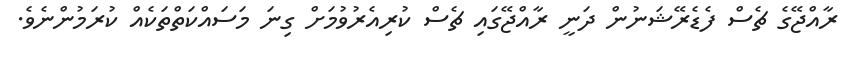
ރާއްޖޭގެ ޗެސް ފެޑެރޭޝަނުން ދަނީ ރާއްޖޭގައި ޗެސް ކުރިއެރުވުމަށް ގިނަ މަސައްކަތްތަކެއް ކުރަމުންނެވެ.